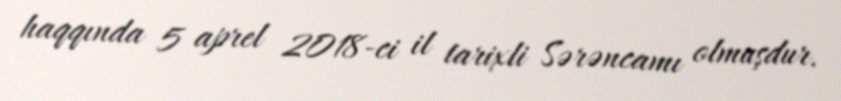
haqqında 5 aprel 2018-ci il tarixli Sərəncamı olmuşdur.